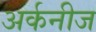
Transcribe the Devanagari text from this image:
अर्कनीज